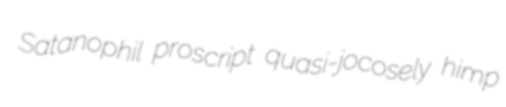
Satanophil proscript quasi-jocosely himp